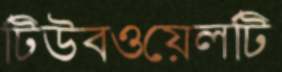
টিউবওয়েলটি